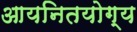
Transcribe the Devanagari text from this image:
आयनितयोग्य